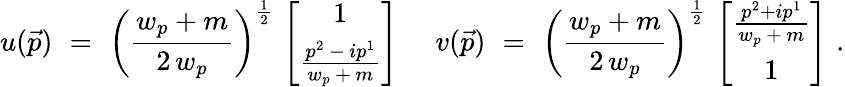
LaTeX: u(\vec{p})\, \, =\, \, \left(\frac{w_{p}+m}{2\, w_{p}}\right)^{\frac{1}{2}}\, \left[\begin{array}{c}{{1}}\\ {{\frac{p^{2}\, -\, ip^{1}}{w_{p}\, +\, m}}}\end{array}\right]\, \, \quad v(\vec{p})\, \, =\, \, \left(\frac{w_{p}+m}{2\, w_{p}}\right)^{\frac{1}{2}}\, \left[\begin{array}{c}{{\frac{p^{2}+ip^{1}}{w_{p}\, +\, m}}}\\ {{1}}\end{array}\right]\, \, .